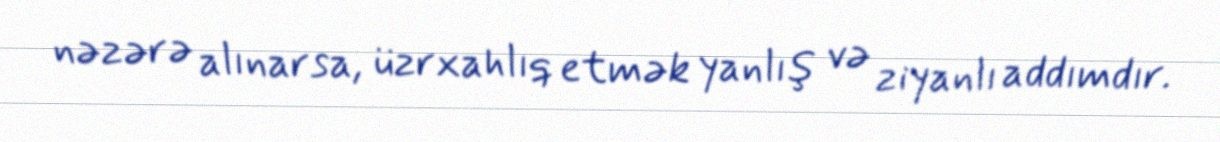
nəzərə alınarsa, üzrxahlıq etmək yanlış və ziyanlı addımdır.